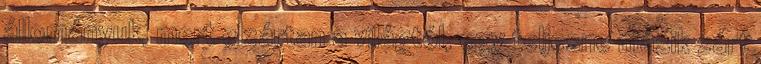
állományuk, mert elzártan a világtól, egy teljesne másik zárt